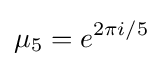
\mu _{5}=e^{2\pi i/5}